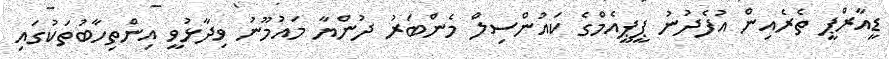
ޑީއާރްޕީ ތެރެެއިން އުފެދުނު ޕީޕީއެމްގެ ކައުންސިލް މެންބަރު ދުންޔާ މައުމޫނު ވިދާޅުވީ އިންތިހާބުތަކުގައި